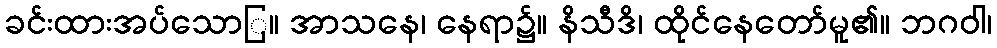
ခင်းထားအပ်သောြ။ အာသနေ၊ နေရာ၌။ နိသီဒိ၊ ထိုင်နေတော်မူ၏။ ဘဂဝါ၊